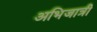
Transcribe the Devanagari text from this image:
अभिजात्री